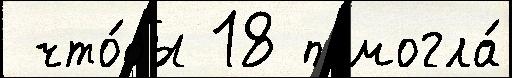
 что́бы 18 помогла́